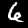
Digit: 6